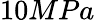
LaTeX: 10MPa